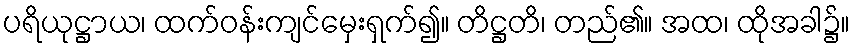
ပရိယုဋ္ဌာယ၊ ထက်ဝန်းကျင်မှေးရှက်၍။ တိဋ္ဌတိ၊ တည်၏။ အထ၊ ထိုအခါ၌။